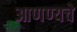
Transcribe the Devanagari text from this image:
आणण्यचे